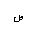
Letter: _sad